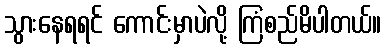
သွားနေရရင် ကောင်းမှာပဲလို့ ကြံစည်မိပါတယ်။